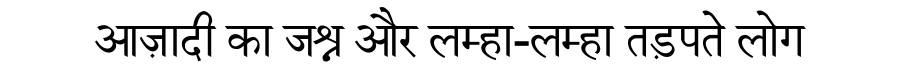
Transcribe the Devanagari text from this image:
आज़ादी का जश्न और लम्हा-लम्हा तड़पते लोग